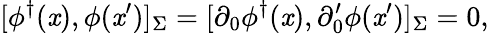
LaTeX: [\phi^{\dagger}(\mathit{x}),\phi(\mathit{x}^{\prime})]_{\Sigma}=[\partial_{0}\phi^{\dagger}(\mathit{x}),\partial_{0}^{\prime}\phi(\mathit{x}^{\prime})]_{\Sigma}=0,